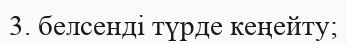
3. белсенді түрде кеңейту;